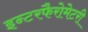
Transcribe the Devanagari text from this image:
इन्टरफैरोमेटरी